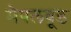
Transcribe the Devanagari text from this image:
मेपलवूड